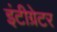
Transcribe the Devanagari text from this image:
इंटीग्रेटर